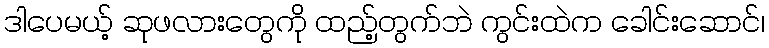
ဒါပေမယ့် ဆုဖလားတွေကို ထည့်တွက်ဘဲ ကွင်းထဲက ခေါင်းဆောင်၊